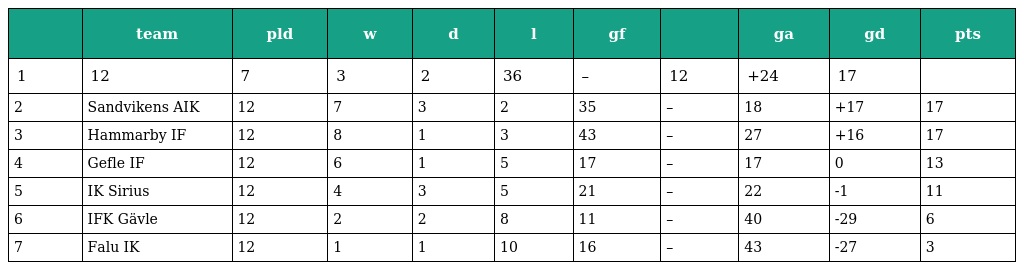
|  | team | pld | w | d | l | gf |  | ga | gd | pts |
 | --- | --- | --- | --- | --- | --- | --- | --- | --- | --- | --- |
 | 1 | 12 | 7 | 3 | 2 | 36 | – | 12 | +24 | 17 |  |
 | 2 | Sandvikens AIK | 12 | 7 | 3 | 2 | 35 | – | 18 | +17 | 17 |
 | 3 | Hammarby IF | 12 | 8 | 1 | 3 | 43 | – | 27 | +16 | 17 |
 | 4 | Gefle IF | 12 | 6 | 1 | 5 | 17 | – | 17 | 0 | 13 |
 | 5 | IK Sirius | 12 | 4 | 3 | 5 | 21 | – | 22 | -1 | 11 |
 | 6 | IFK Gävle | 12 | 2 | 2 | 8 | 11 | – | 40 | -29 | 6 |
 | 7 | Falu IK | 12 | 1 | 1 | 10 | 16 | – | 43 | -27 | 3 |